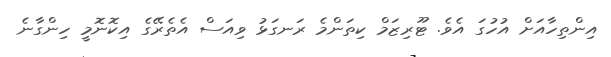
އިންތިހާއަށް އުހުގަ އެވެ. ޓޫރިޒަމް ކިތަންމެ ރަނގަޅު ވިއަސް އެތެރޭގެ އިކޮނޮމީ ހިންގާނެ